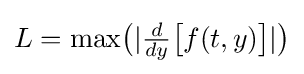
{\textstyle L={\text{max}}{\bigl (}|{\frac {d}{dy}}{\bigl [}f(t,y){\bigr ]}|{\bigr )}}